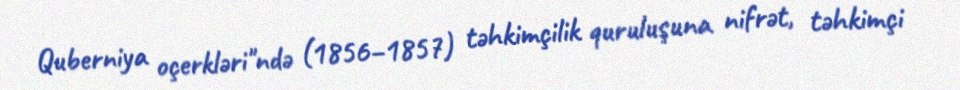
Quberniya oçerkləri"ndə (1856–1857) təhkimçilik quruluşuna nifrət, təhkimçi